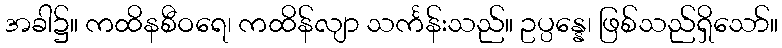
အခါ၌။ ကထိနစီဝရေ၊ ကထိန်လျာ သင်္ကန်းသည်။ ဥပ္ပန္နေ၊ ဖြစ်သည်ရှိသော်။